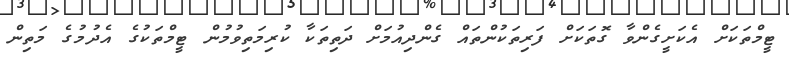
ޓީމްތަކަށް އެކަށީގެންވާ ގޮތަކަށް ފަރިތަކުންތައް ގެންދިއުމަށް ދަތިތަކާ ކުރިމަތިވުމުން ޓީމްތަކުގެ އެދުމުގެ މަތިން